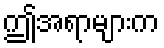
ဤအရာများက